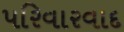
પરિવારવાદ